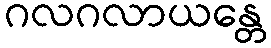
ဂလဂလာယန္တေ